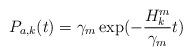
LaTeX: \begin{align*}P_{a,k}(t) = \gamma_m\exp(-\frac{H_k^m}{\gamma_m}t)\end{align*}